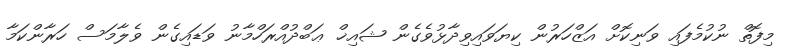
މިފޮތް ނުކުމެފައި ވަނިކޮށް އަޒްހަރުން ކިޔަވައިވިދާޅުވެގެން ޝައިޚް ޢަބްދުއްރަހްމާނު ވަޑައިގެން ވެލާމަސް ހަރާންކަމާ